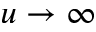
u \to \infty